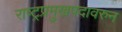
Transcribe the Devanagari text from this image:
राष्ट्रप्रमुखपदावरुन